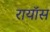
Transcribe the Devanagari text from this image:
रायॉस